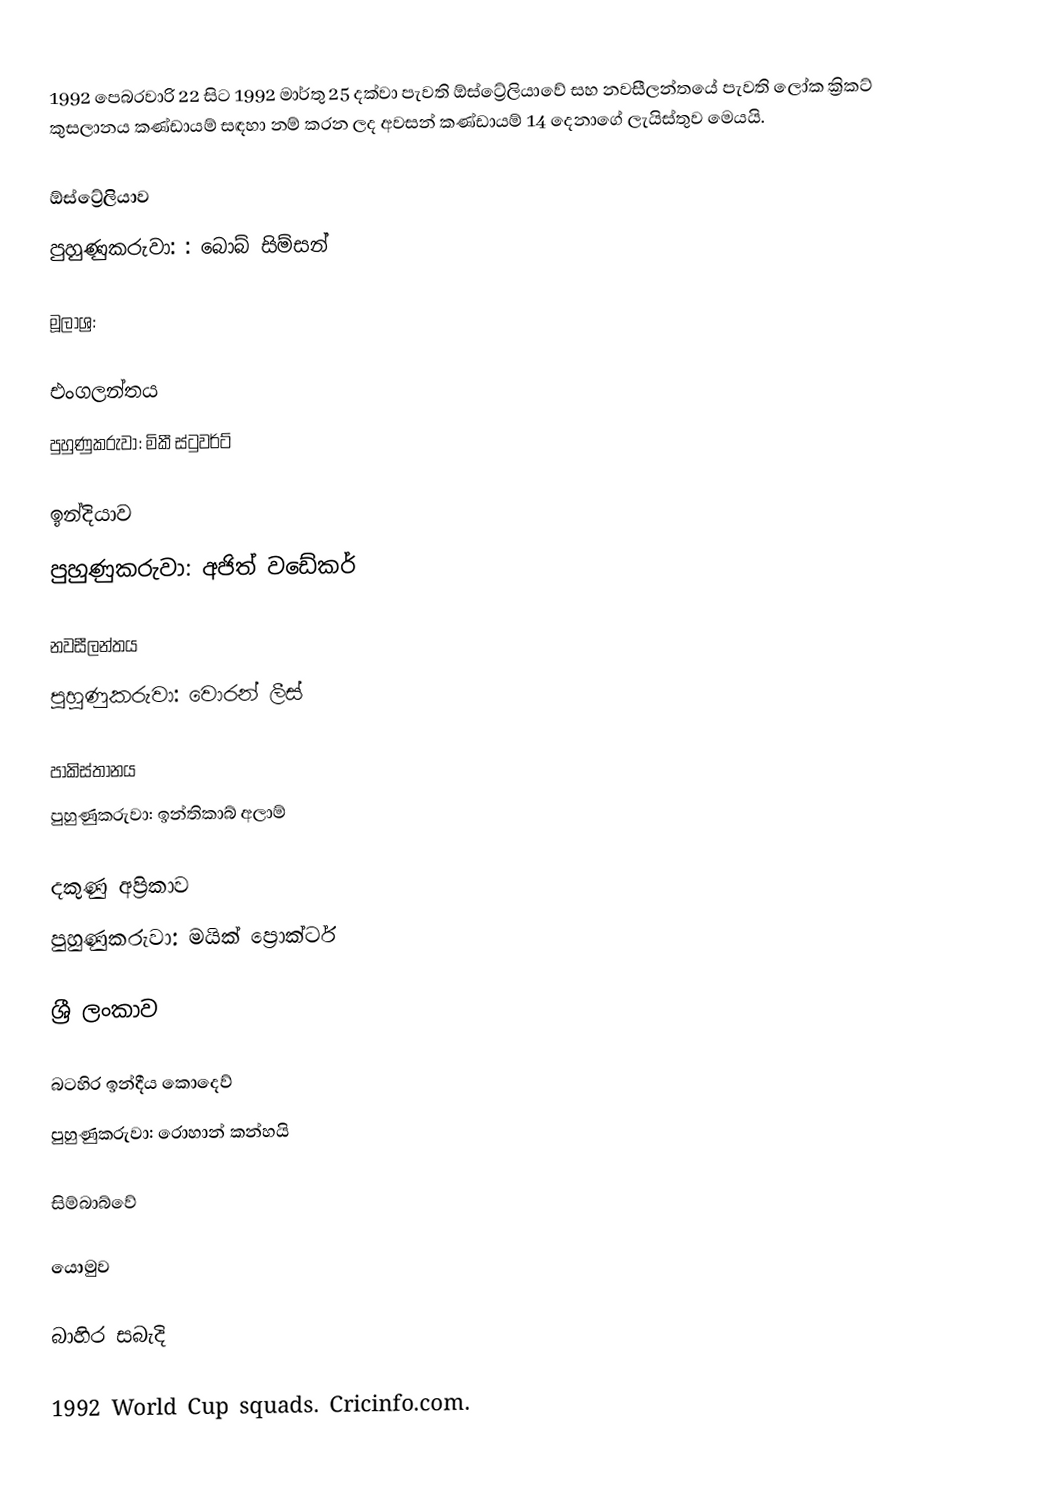
1992 පෙබරවාරි 22 සිට 1992 මාර්තු 25 දක්වා පැවති ඕස්ට්‍රේලියාවේ සහ නවසීලන්තයේ පැවති ලෝක ක්‍රිකට් කුසලානය කණ්ඩායම් සඳහා නම් කරන ලද අවසන් කණ්ඩායම් 14 දෙනාගේ ලැයිස්තුව මෙයයි.

ඕස්ට්‍රේලියාව
පුහුණුකරුවා: : බොබ් සිම්සන්

මූලාශ්‍ර:

එංගලන්තය
පුහුණුකරුවා:  මිකී ස්ටුවර්ට්

ඉන්දියාව
පුහුණුකරුවා:  අජිත් වඩේකර්

නවසීලන්තය
පුහුණුකරුවා:  වොරන් ලීස්

පාකිස්තානය
පුහුණුකරුවා:  ඉන්තිකාබ් අලාම්

දකුණු අප්‍රිකාව
පුහුණුකරුවා: මයික් ප්‍රොක්ටර්

ශ්‍රී ලංකාව

බටහිර ඉන්දීය කොදෙව්
පුහුණුකරුවා:  රොහාන් කන්හයි

සිම්බාබ්වේ

යොමුව

බාහිර සබැදි

 1992 World Cup squads. Cricinfo.com.